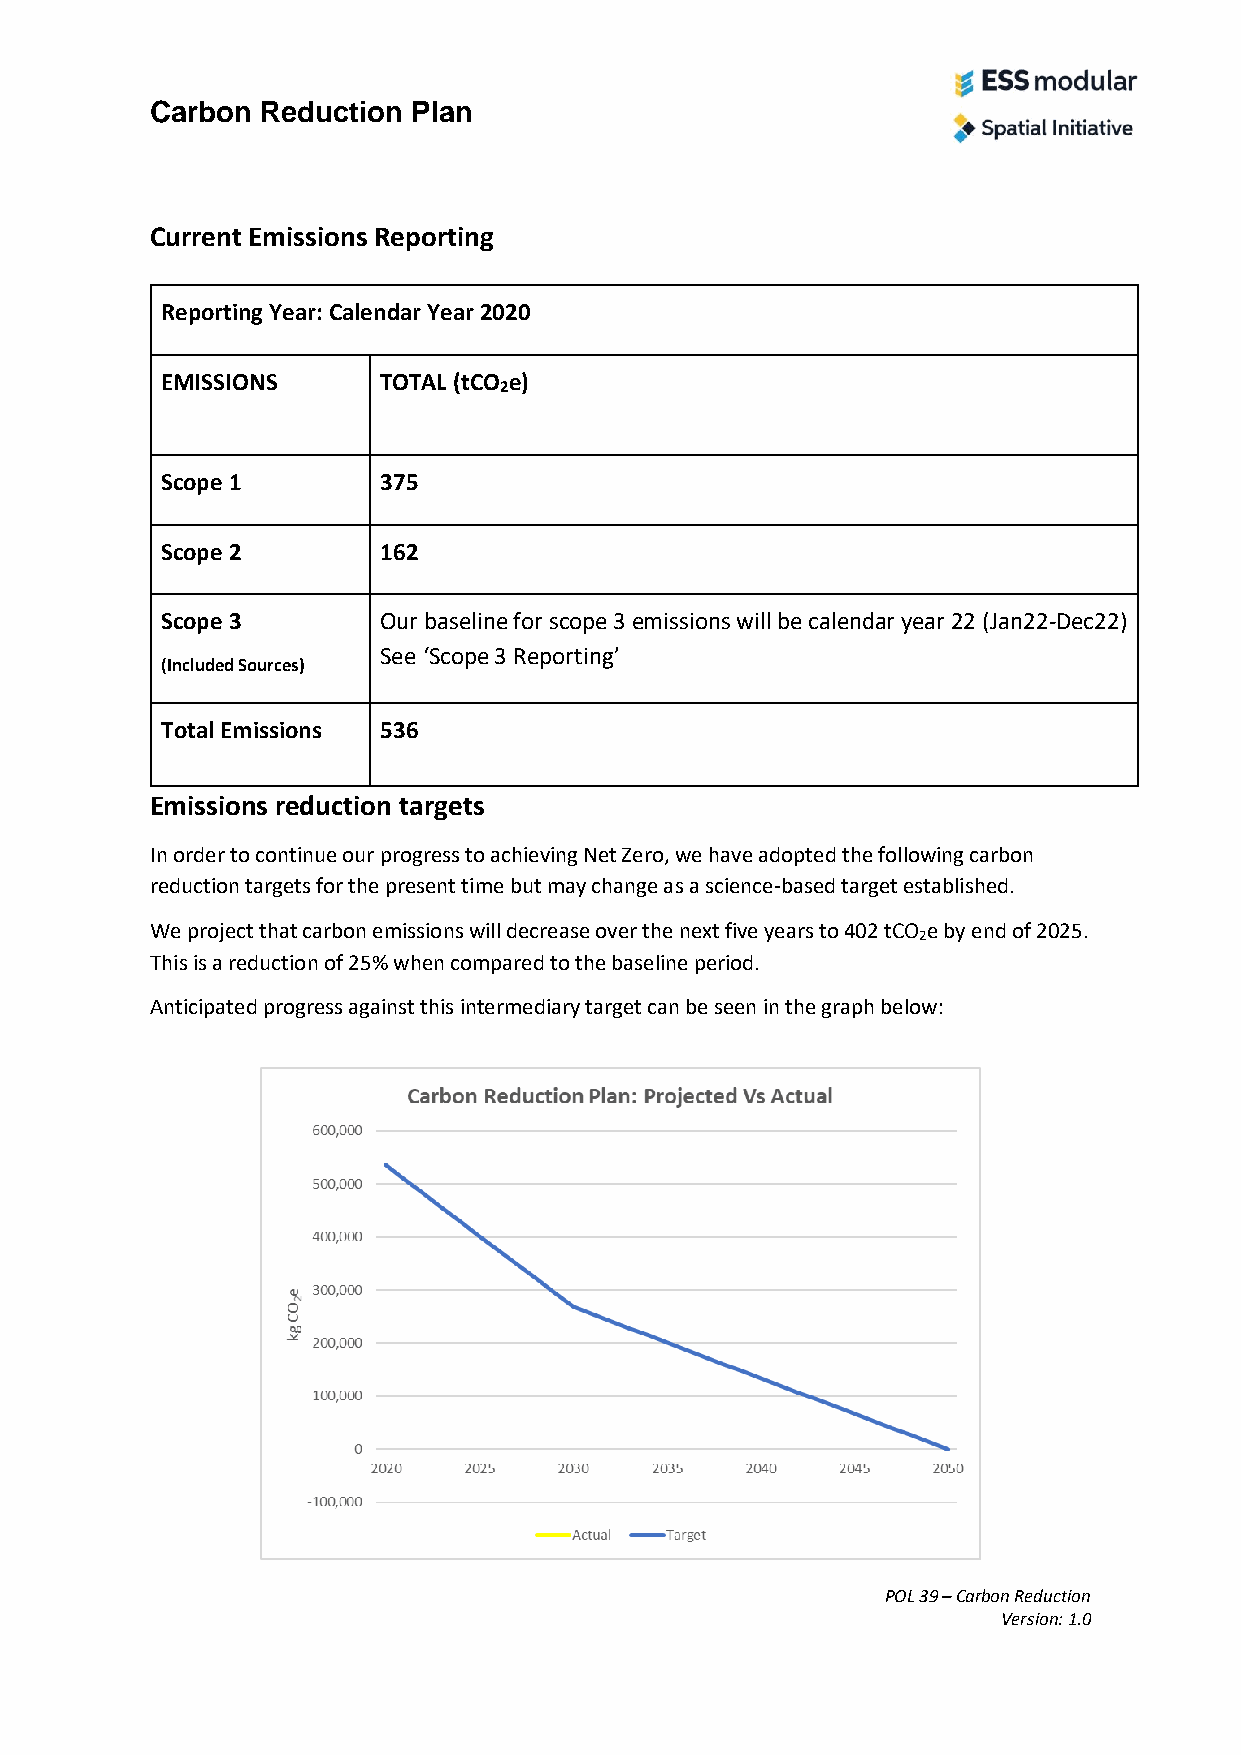
Carbon Reduction Plan
 Current Emissions Reporting
 Reporting Year: Calendar Year 2020
 EMISSIONS     TOTAL (tCO e)
 2
 Scope 1       375
 Scope 2       162
 Scope 3       Our baseline for scope 3 emissions will be calendar year 22 (Jan22-Dec22)
 See ‘Scope 3 Reporting’
 (Included Sources)
 Total Emissions 536
 Emissions reduction targets
 In order to continue our progress to achieving Net Zero, we have adopted the following carbon
 reduction targets for the present time but may change as a science-based target established.
 We project that carbon emissions will decrease over the next five years to 402 tCO e by end of 2025.
 2
 This is a reduction of 25% when compared to the baseline period.
 Anticipated progress against this intermediary target can be seen in the graph below:
 POL 39 – Carbon Reduction
 Version: 1.0